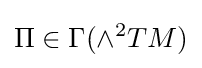
\Pi \in \Gamma (\wedge ^{2}TM)